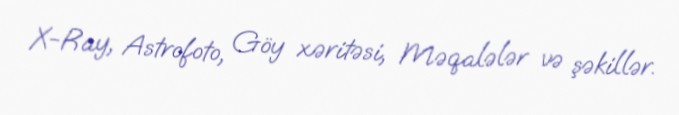
X-Ray, Astrofoto, Göy xəritəsi, Məqalələr və şəkillər.